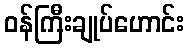
ဝန်ကြီးချုပ်ဟောင်း